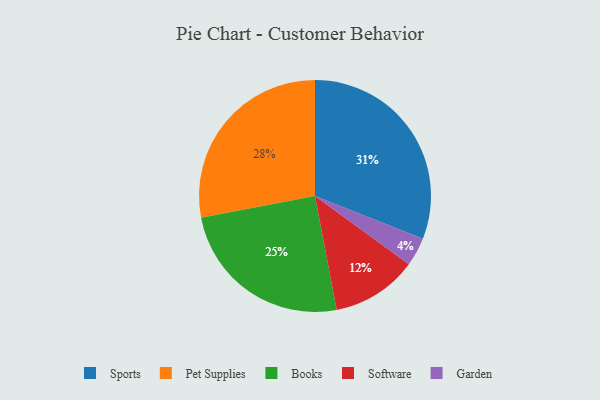
{"axis": {"x": "Category", "y": "Percentage"}, "legend": ["Books", "Garden", "Pet Supplies", "Software", "Sports"], "data": [{"x": "Pet Supplies", "y": 28, "type": "Pet Supplies"}, {"x": "Garden", "y": 4, "type": "Garden"}, {"x": "Software", "y": 12, "type": "Software"}, {"x": "Sports", "y": 31, "type": "Sports"}, {"x": "Books", "y": 25, "type": "Books"}]}